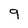
Character: 9